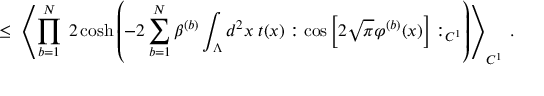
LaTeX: \leq \; \left\langle \prod _ { b = 1 } ^ { N } \; 2 \cosh \left( - 2 \sum _ { b = 1 } ^ { N } \beta ^ { ( b ) } \int _ { \Lambda } d ^ { 2 } x \; t ( x ) : \cos \Big [ 2 \sqrt { \pi } \varphi ^ { ( b ) } ( x ) \Big ] : _ { C ^ { 1 } } \right) \right\rangle _ { C ^ { 1 } } \; .